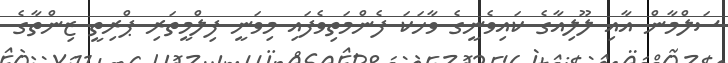
ސަލްމާން އާއި ލޫލިއާގެ ކައިވެނީގެ ވާހަކަ ފެންމަތިވެފައި މިވަނީ ފިލްމީތަރި ޕްރިތީ ޒިންތާގެ